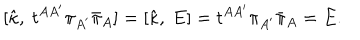
LaTeX: [ { \hat { \kappa } } , \ t ^ { A A ^ { \prime } } \pi _ { A ^ { \prime } } { \bar { \pi } } _ { A } ] = [ { \hat { \kappa } } , \ E ] = t ^ { A A ^ { \prime } } \pi _ { A ^ { \prime } } { \bar { \pi } } _ { A } = E .